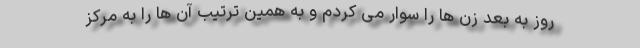
روز به بعد زن ها را سوار می کردم و به همین ترتیب آن ها را به مرکز